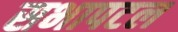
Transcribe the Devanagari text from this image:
सभापटल